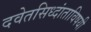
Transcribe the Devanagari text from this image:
दवेतसिध्दांताविषयी